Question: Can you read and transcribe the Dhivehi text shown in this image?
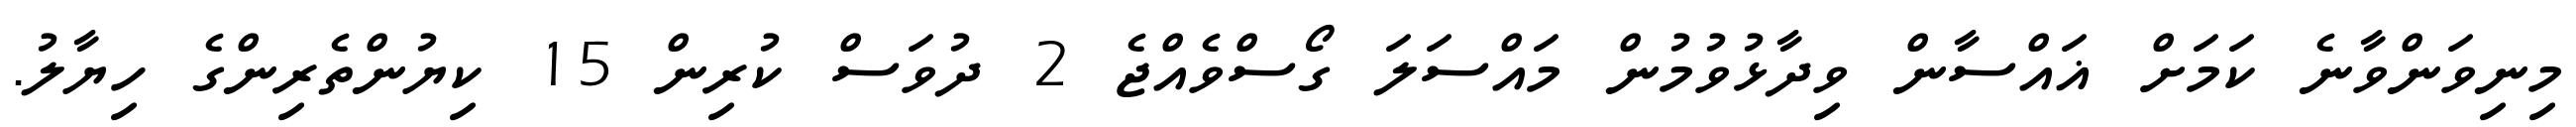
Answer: މިނިވަންވާނެ ކަމަށް ޣައްސާން ވިދާޅުވުމުން މައްސަލަ ގޯސްވެއްޖެ 2 ދުވަސް ކުރިން 15 ކިޔުންތެރިންގެ ހިޔާލު.